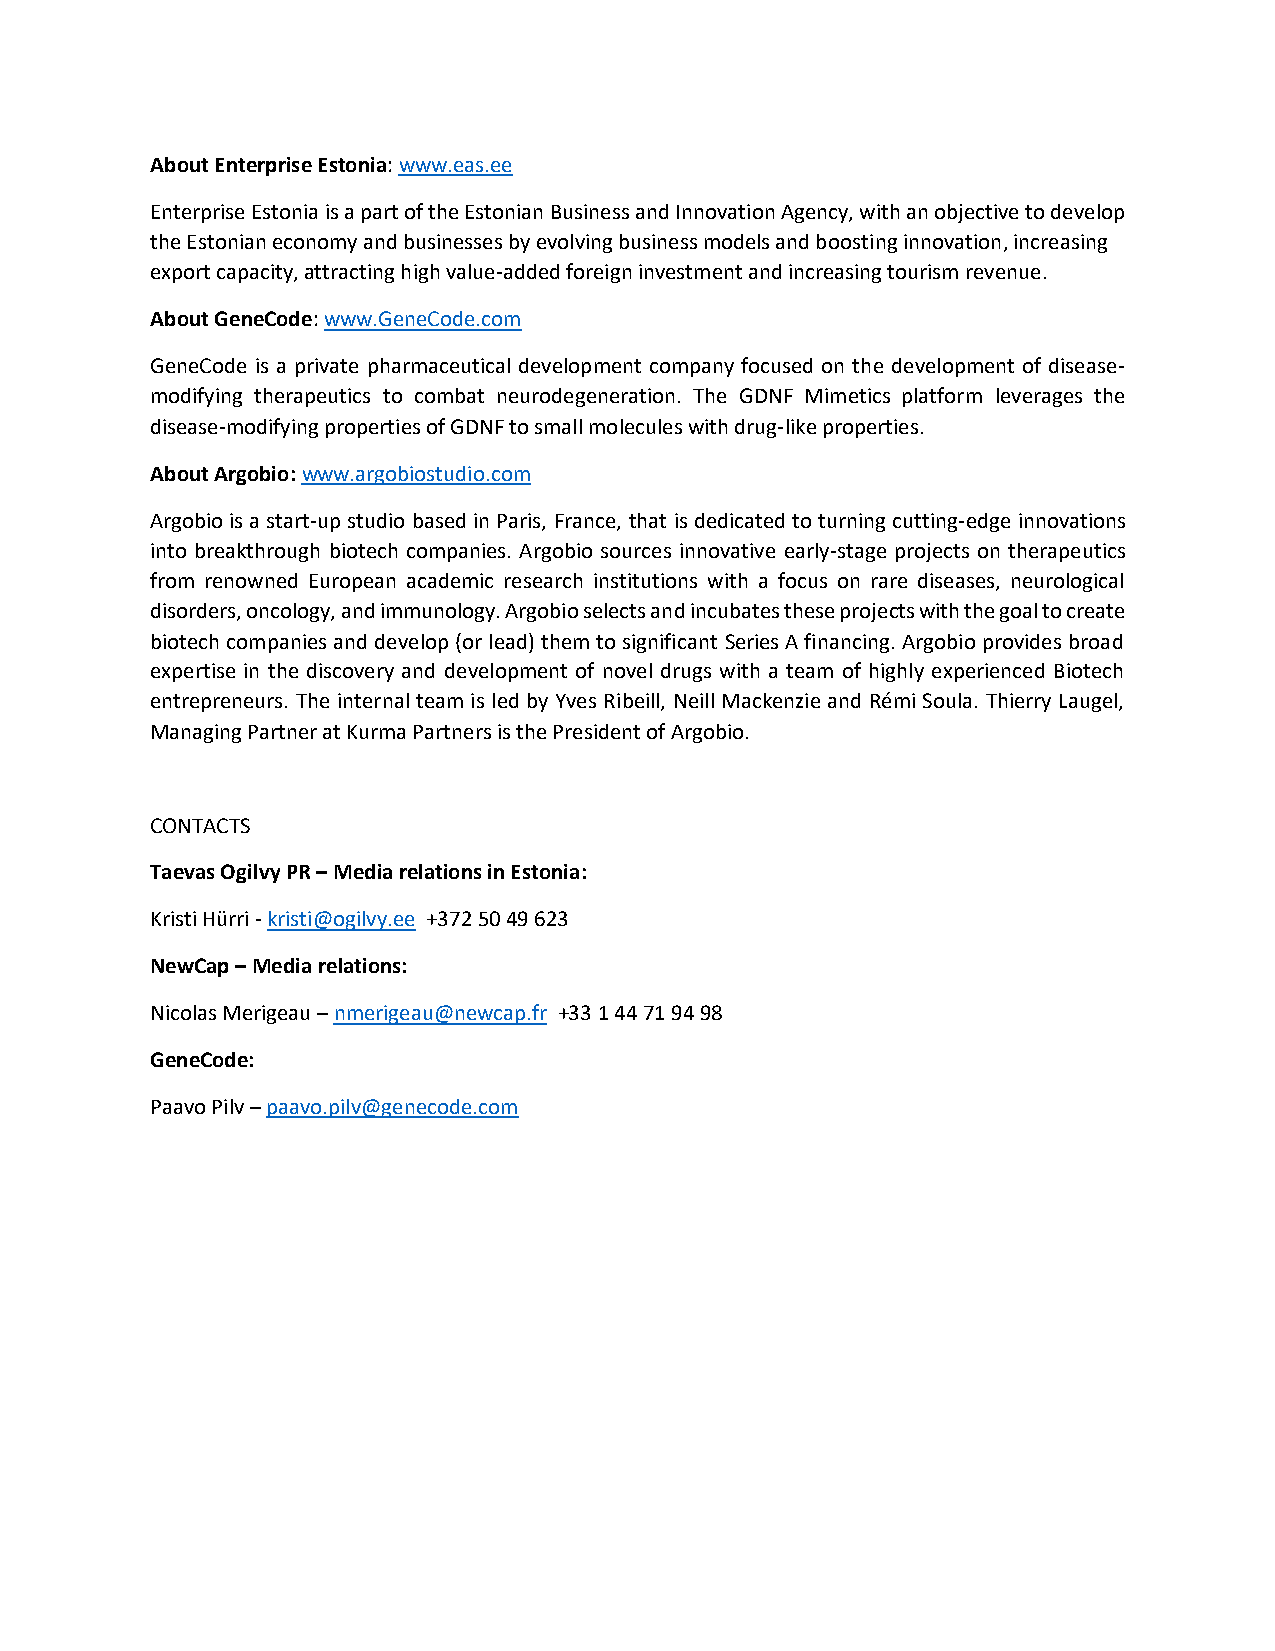
About Enterprise Estonia: www.eas.ee
 Enterprise Estonia is a part of the Estonian Business and Innovation Agency, with an objective to develop
 the Estonian economy and businesses by evolving business models and boosting innovation, increasing
 export capacity, attracting high value-added foreign investment and increasing tourism revenue.
 About GeneCode: www.GeneCode.com
 GeneCode is a private pharmaceutical development company focused on the development of disease-
 modifying therapeutics to combat neurodegeneration. The GDNF Mimetics platform leverages the
 disease-modifying properties of GDNF to small molecules with drug-like properties.
 About Argobio: www.argobiostudio.com
 Argobio is a start-up studio based in Paris, France, that is dedicated to turning cutting-edge innovations
 into breakthrough biotech companies. Argobio sources innovative early-stage projects on therapeutics
 from renowned European academic research institutions with a focus on rare diseases, neurological
 disorders, oncology, and immunology. Argobio selects and incubates these projects with the goal to create
 biotech companies and develop (or lead) them to significant Series A financing. Argobio provides broad
 expertise in the discovery and development of novel drugs with a team of highly experienced Biotech
 entrepreneurs. The internal team is led by Yves Ribeill, Neill Mackenzie and Rémi Soula. Thierry Laugel,
 Managing Partner at Kurma Partners is the President of Argobio.
 CONTACTS
 Taevas Ogilvy PR – Media relations in Estonia:
 Kristi Hürri - kristi@ogilvy.ee +372 50 49 623
 NewCap – Media relations:
 Nicolas Merigeau – nmerigeau@newcap.fr +33 1 44 71 94 98
 GeneCode:
 Paavo Pilv – paavo.pilv@genecode.com